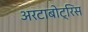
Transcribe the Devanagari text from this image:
अरटाबोट्रिस